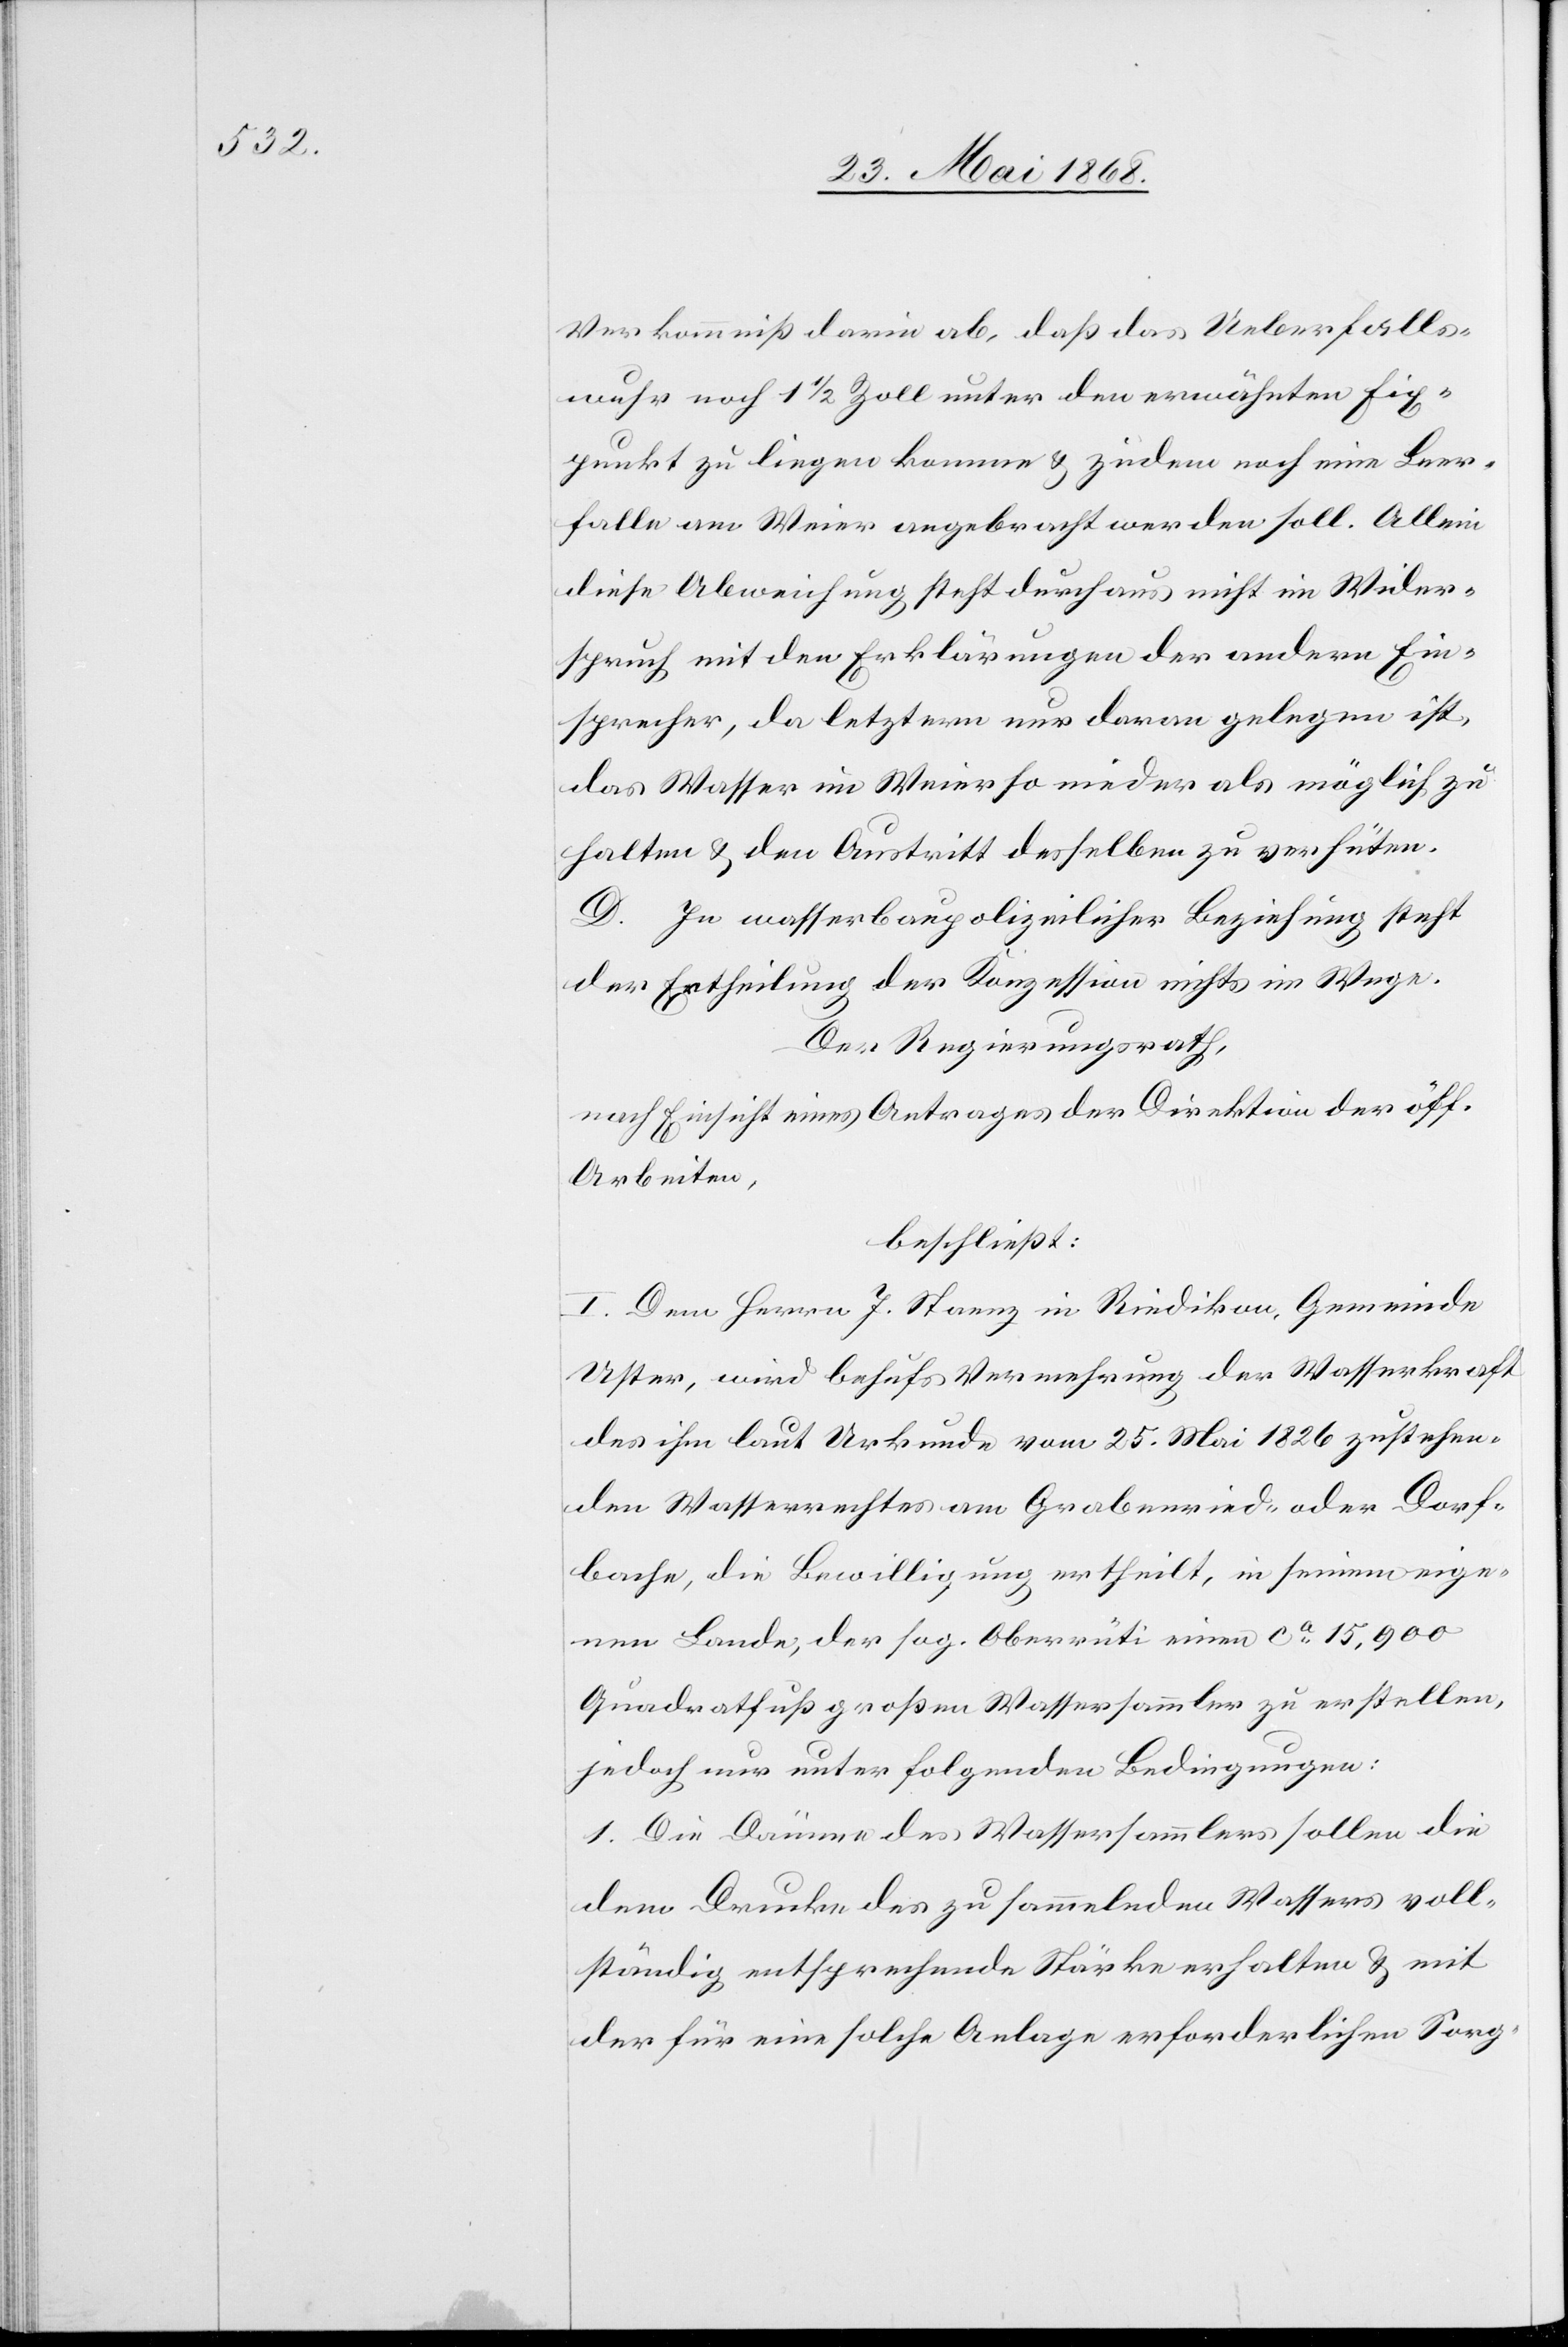
Verkommniß darin ab, daß das Ueberfalls¬
wuhr noch 1 1/2 Zoll unter den erwähnten Fix¬
punkt zu liegen komme & zudem noch eine Leer¬
falle am Weier angebracht werden soll. Allein
diese Abweichung steht durchaus nicht im Wider¬
spruch mit den Erklärungen der andern Ein¬
sprecher, da letztern nur daran gelegen ist,
das Wasser im Weier so nieder als möglich zu
halten & den Austritt desselben zu verhüten.
D. In wasserbaupolizeilicher Beziehung steht
der Ertheilung der Konzession nichts im Wege.
Der Regierungsrath,
nach Einsicht eines Antrages der Direktion der öff.
Arbeiten,
beschließt:
I. Dem Herrn J. Staenz in Riedikon, Gemeinde
Uster, wird behufs Vermehrung der Wasserkraft
des ihm laut Urkunde vom 25. Mai 1826 zustehen¬
den Wasserrechtes am Grabenried- oder Dorf¬
bache, die Bewilligung ertheilt, in seinem eige¬
nen Lande, der sog. Oberrüti einen ca. 15,900
Quadratfuß großen Wassersammler zu erstellen,
jedoch nur unter folgenden Bedingungen:
1. Die Dämme des Wassersammlers sollen die
dem Drucke des zu sammelnden Wassers voll¬
ständig entsprechende Stärke erhalten & mit
der für eine solche Anlage erforderlichen Sorg-